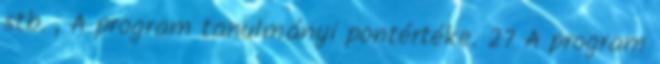
stb. , A program tanulmányi pontértéke. 27 A program